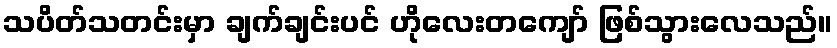
သပိတ်သတင်းမှာ ချက်ချင်းပင် ဟိုလေးတကျော် ဖြစ်သွားလေသည်။